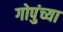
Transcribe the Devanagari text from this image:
गोपुंच्या